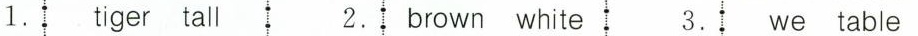
1. tiger tall 2. brown white 3. we table